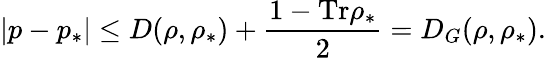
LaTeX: \left\vert p-p_{\ast}\right\vert\leq D(\rho,\rho_{\ast})+\frac{1-\mathrm{Tr}\rho_{\ast}}{2}=D_{G}(\rho,\rho_{\ast}).